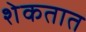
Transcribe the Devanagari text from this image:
शेकतात